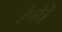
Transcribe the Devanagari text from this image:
हैफोड़े